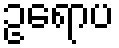
ဥရောပ